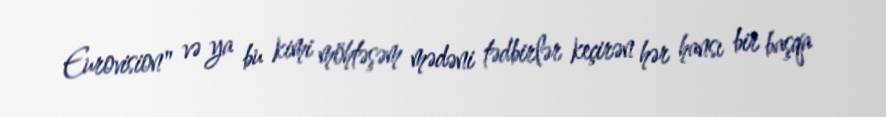
Eurovision" və ya bu kimi möhtəşəm mədəni tədbirlər keçirən hər hansı bir başqa